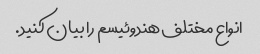
انواع مختلف هندوئیسم را بیان کنید.